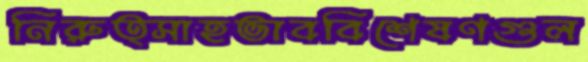
নিরুত্সাহভাববিশেষণগুল